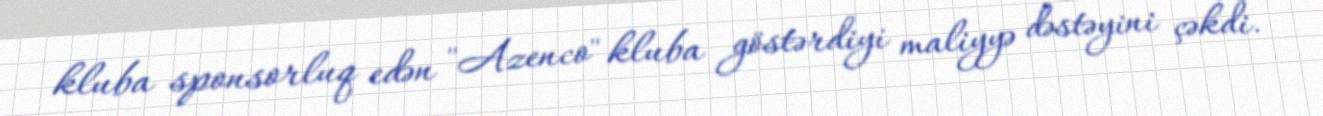
kluba sponsorluq edən "Azenco" kluba göstərdiyi maliyyə dəstəyini çəkdi.